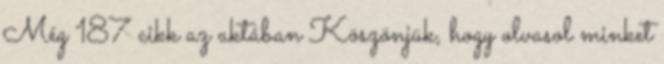
Még 187 cikk az aktában Köszönjük, hogy olvasol minket